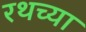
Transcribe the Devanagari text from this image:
रथच्या